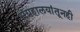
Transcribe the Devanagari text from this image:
संग्रहालयांतूनही